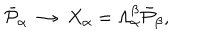
\bar { { \cal P } } _ { \alpha } \; \rightarrow \; X _ { \alpha } = \Lambda _ { \alpha } ^ { \beta } \bar { { \cal P } } _ { \beta } ,